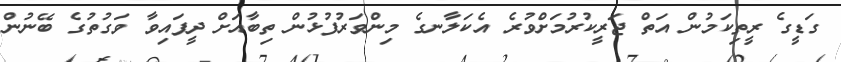
ގަޑީގެ ރީތިކަމުން އަތް ޖަރީކުރުމަށްވުރެ އެކަލާނގެ މިންވަރުފުޅުން ތިބާއަށް ދީފައިވާ ވަގުތުގެ ބޭނުން